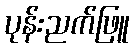
ပုန်းညက်ဖြူ